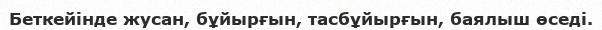
Беткейінде жусан, бұйырғын, тасбұйырғын, баялыш өседі.